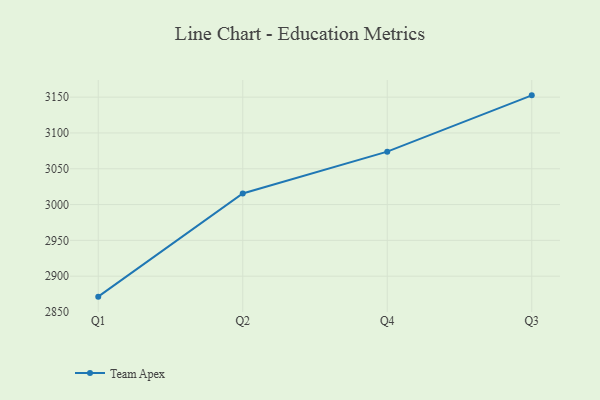
{"axis": {"x": "Quarter", "y": "Churn Rate (%)"}, "legend": ["Team Apex"], "data": [{"x": "Q1", "y": 2871.4, "type": "Team Apex"}, {"x": "Q2", "y": 3015.5, "type": "Team Apex"}, {"x": "Q4", "y": 3073.9, "type": "Team Apex"}, {"x": "Q3", "y": 3152.5, "type": "Team Apex"}]}